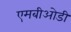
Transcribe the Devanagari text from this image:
एमबीओडी